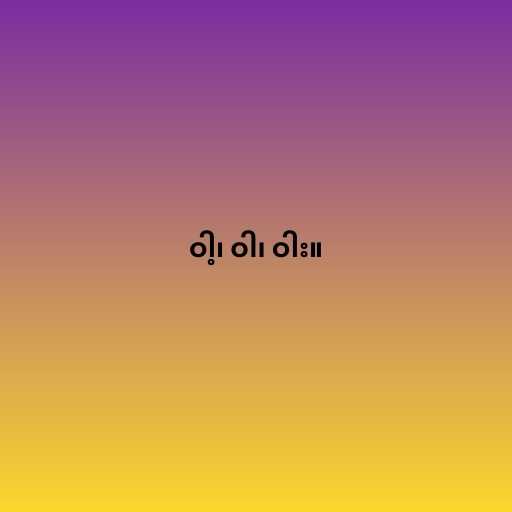
ဝါ့၊ ဝါ၊ ဝါး။